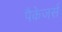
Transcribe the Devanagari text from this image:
पैकेजर्स